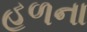
હળના